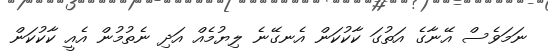
ނަމަވެސް އޭނާގެ އަތުގަ ކާކުކަން އެނގޭނެ ލިޔުމެއް އަދި ނެތުމުން އެއީ ކާކުކަން